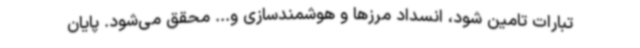
تبارات تامین شود، انسداد مرزها و هوشمندسازی و... محقق می‌شود. پایان